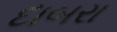
દાબરા